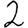
Digit: 2